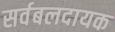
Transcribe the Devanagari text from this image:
सर्वबलदायक